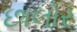
છાલોર